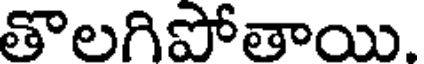
తొలగిపోతాయి.